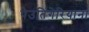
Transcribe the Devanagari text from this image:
पेउतिंगेरियाना